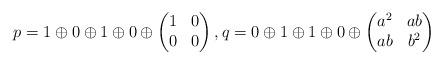
LaTeX: \begin{align*}p= 1\oplus 0\oplus 1\oplus 0\oplus \begin{pmatrix}1&0\\0&0\end{pmatrix},q= 0\oplus 1\oplus 1\oplus 0\oplus \begin{pmatrix}a^2&ab \\ab&b^2\end{pmatrix}\end{align*}